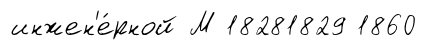
инжен'е́рной М 18281829 1860